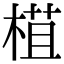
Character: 𣕈